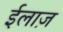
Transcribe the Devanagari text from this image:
ईलाज़